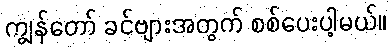
ကျွန်တော် ခင်ဗျားအတွက် စစ်ပေးပါ့မယ်။